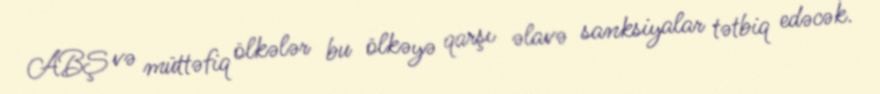
ABŞ və müttəfiq ölkələr bu ölkəyə qarşı əlavə sanksiyalar tətbiq edəcək.